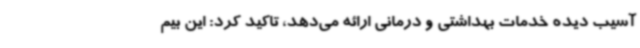
آسیب دیده خدمات بهداشتی و درمانی ارائه می‌دهد، تاکید کرد: این بیم